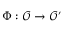
\Phi : { \mathcal { O } } \rightarrow { \mathcal { O } } ^ { \prime }